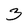
Character: 3